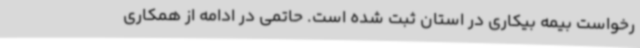
رخواست بیمه بیکاری در استان ثبت شده است. حاتمی در ادامه از همکاری